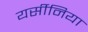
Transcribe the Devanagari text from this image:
यर्सीनिया